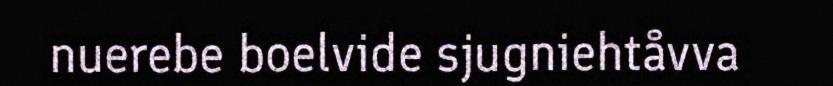
nuerebe boelvide sjugniehtåvva